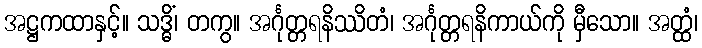
အဋ္ဌကထာနှင့်။ သဒ္ဓိံ၊ တကွ။ အင်္ဂုတ္တရနိဿိတံ၊ အင်္ဂုတ္တရနိကာယ်ကို မှီသော။ အတ္ထံ၊